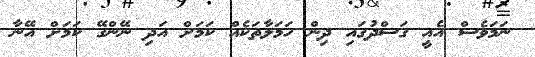
ނަމަވެސް އެއީ ގަސްދުގައި ދިން ހަމަލާތަކެއް ކަމަށް އަދި ނޭންގޭ ކަމަށް އޭނާ